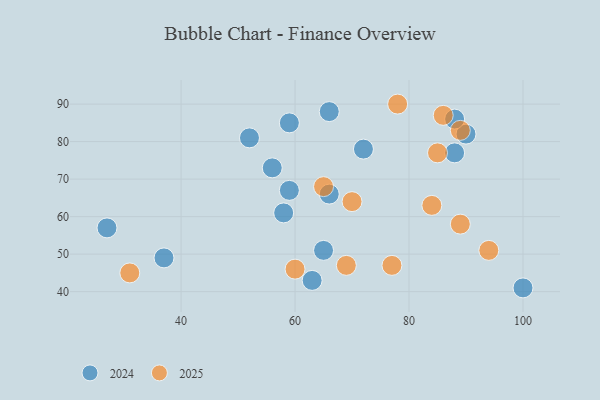
{"axis": {"x": "GDP", "y": "Life Expectancy"}, "legend": ["2024", "2025"], "data": [{"x": "70", "y": 64, "type": "2025"}, {"x": "86", "y": 87, "type": "2025"}, {"x": "89", "y": 58, "type": "2025"}, {"x": "78", "y": 90, "type": "2025"}, {"x": "85", "y": 77, "type": "2025"}, {"x": "69", "y": 47, "type": "2025"}, {"x": "65", "y": 68, "type": "2025"}, {"x": "31", "y": 45, "type": "2025"}, {"x": "94", "y": 51, "type": "2025"}, {"x": "60", "y": 46, "type": "2025"}, {"x": "77", "y": 47, "type": "2025"}, {"x": "84", "y": 63, "type": "2025"}, {"x": "89", "y": 83, "type": "2025"}, {"x": "52", "y": 81, "type": "2024"}, {"x": "56", "y": 73, "type": "2024"}, {"x": "88", "y": 77, "type": "2024"}, {"x": "90", "y": 82, "type": "2024"}, {"x": "88", "y": 86, "type": "2024"}, {"x": "59", "y": 67, "type": "2024"}, {"x": "37", "y": 49, "type": "2024"}, {"x": "100", "y": 41, "type": "2024"}, {"x": "72", "y": 78, "type": "2024"}, {"x": "27", "y": 57, "type": "2024"}, {"x": "58", "y": 61, "type": "2024"}, {"x": "63", "y": 43, "type": "2024"}, {"x": "59", "y": 85, "type": "2024"}, {"x": "66", "y": 88, "type": "2024"}, {"x": "65", "y": 51, "type": "2024"}, {"x": "66", "y": 66, "type": "2024"}]}